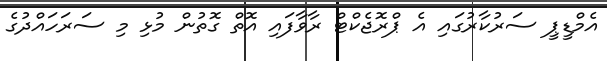
އެމްޑީޕީ ސަރުކާރުގައި އެ ޕްރޮޖެކްޓް ރާވާފައި އޮތް ގޮތުން މުޅި މި ސަރަހައްދުގެ